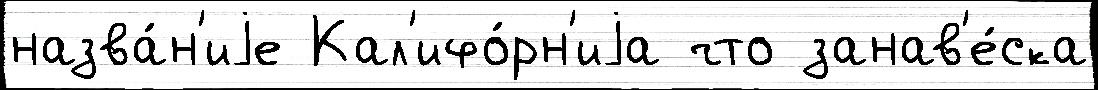
назва́н'иjе Кал'ифо́рн'иjа что занав'е́ска